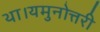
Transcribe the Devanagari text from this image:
था।यमुनोत्तरी